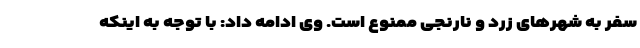
سفر به شهرهای زرد و نارنجی ممنوع است. وی ادامه داد: با توجه به اینکه